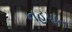
નહપાન